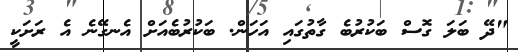
"ދޭ ބަލަ ގޮސް ބަކުރުބެ ގާތުގައި އަހަން. ބަކުރުބެއަށް އެނގޭނެ އެ ރަށަކީ